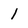
Character: l